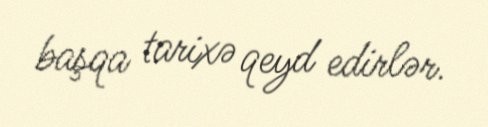
başqa tarixə qeyd edirlər.